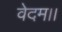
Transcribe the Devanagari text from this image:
वेदम।।